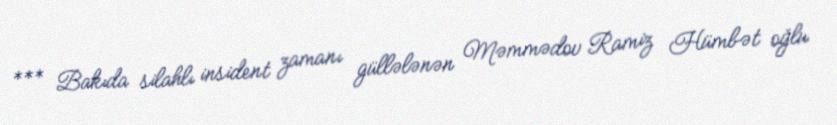
*** Bakıda silahlı insident zamanı güllələnən Məmmədov Ramiz Hümbət oğlu